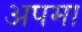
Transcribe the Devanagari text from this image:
अपमा